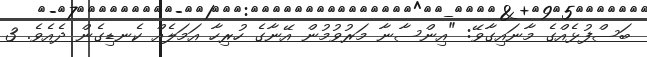
ބަސްފުޅެއްގެ މާނައިގާވޭ: "އިންސާނާ މަރުވުމުން އޭނާގެ ހުރިހާ އަމަލެއް ކެނޑިގެން ދެއެވެ. 3